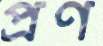
প্রণ